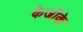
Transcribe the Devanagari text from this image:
केजीके